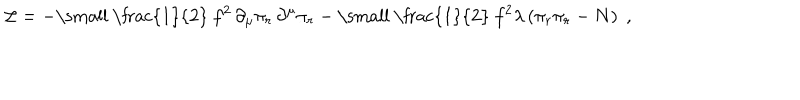
{ \cal L } = - \mathrm { \small ~ \frac { 1 } { 2 } ~ } f ^ { 2 } \, \partial _ { \mu } \pi _ { r } \, \partial ^ { \mu } \pi _ { r } - \mathrm { \small ~ \frac { 1 } { 2 } ~ } f ^ { 2 } \lambda \left( \pi _ { r } \pi _ { r } - N \right) \; ,